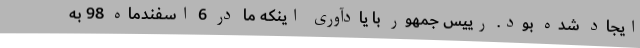
ایجاد شده بود. رییس جمهور با یادآوری اینکه ما در 6 اسفندماه 98 به